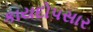
કાયદોપસાર